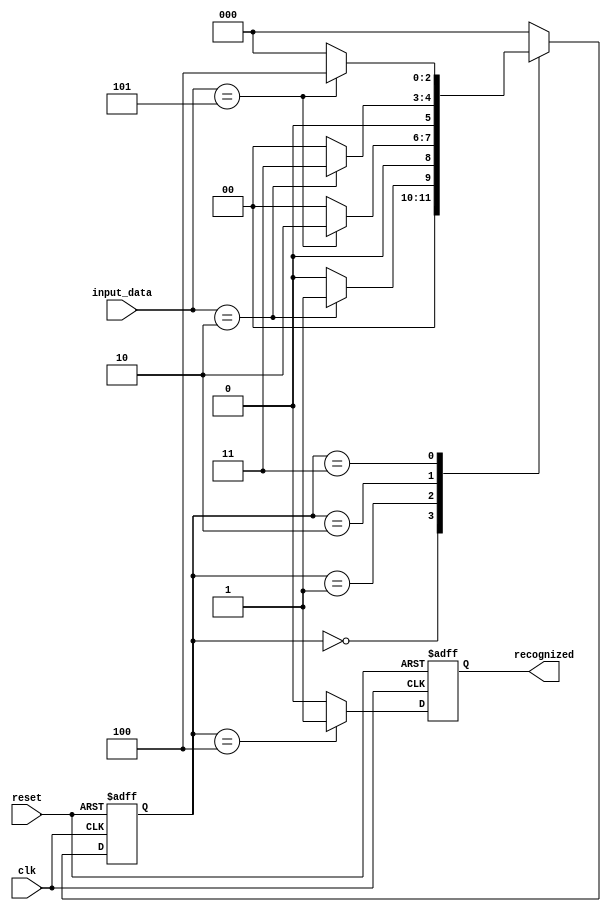
module Guia_1105 (
  input wire clk,
  input wire reset,
  input wire [2:0] input_data,
  output reg recognized
);

  reg [2:0] state;

  // Definio dos estados
  parameter S0 = 3'b000;
  parameter S1 = 3'b001;
  parameter S2 = 3'b010;
  parameter S3 = 3'b011;
  parameter S4 = 3'b100;

  // Lgica de transio de estados
  always @(posedge clk or posedge reset) begin
    if (reset)
      state <= S0;
    else begin
      case (state)
        S0: if (input_data == 3'b010) state <= S1; else state <= S0;
        S1: if (input_data == 3'b101) state <= S2; else state <= S0;
        S2: if (input_data == 3'b010) state <= S3; else state <= S0;
        S3: if (input_data == 3'b101) state <= S4; else state <= S0;
        S4: state <= S0;
        default: state <= S0;
      endcase
    end
  end

  // Lgica de sada
  always @(posedge clk or posedge reset) begin
    if (reset)
      recognized <= 0;
    else begin
      if (state == S4)
        recognized <= 1;
      else
        recognized <= 0;
    end
  end

endmodule // Guia_1105